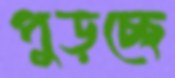
পুড়চ্ছে